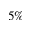
5 \%